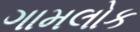
ગામલોક